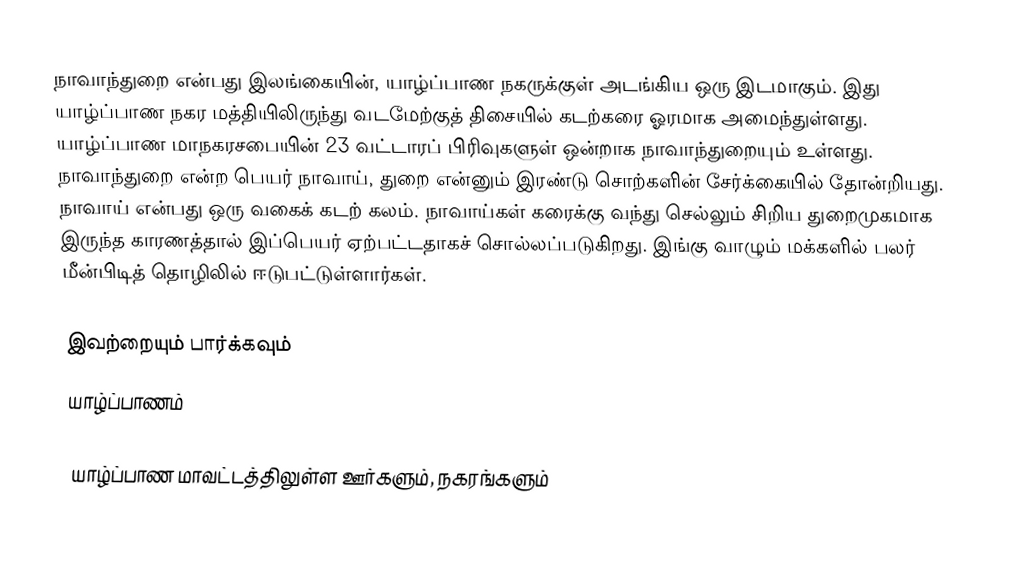
நாவாந்துறை என்பது இலங்கையின், யாழ்ப்பாண நகருக்குள் அடங்கிய ஒரு இடமாகும். இது யாழ்ப்பாண நகர மத்தியிலிருந்து வடமேற்குத் திசையில் கடற்கரை ஓரமாக அமைந்துள்ளது. யாழ்ப்பாண மாநகரசபையின் 23 வட்டாரப் பிரிவுகளுள் ஒன்றாக நாவாந்துறையும் உள்ளது. நாவாந்துறை என்ற பெயர் நாவாய், துறை என்னும் இரண்டு சொற்களின் சேர்க்கையில் தோன்றியது. நாவாய் என்பது ஒரு வகைக் கடற் கலம். நாவாய்கள் கரைக்கு வந்து செல்லும் சிறிய துறைமுகமாக இருந்த காரணத்தால் இப்பெயர் ஏற்பட்டதாகச் சொல்லப்படுகிறது. இங்கு வாழும் மக்களில் பலர் மீன்பிடித் தொழிலில் ஈடுபட்டுள்ளார்கள்.

இவற்றையும் பார்க்கவும்
 யாழ்ப்பாணம்

யாழ்ப்பாண மாவட்டத்திலுள்ள ஊர்களும், நகரங்களும்